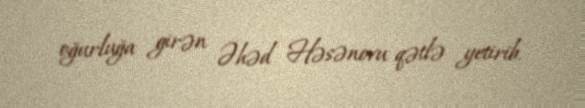
oğurluğa girən Əhəd Həsənovu qətlə yetirib.